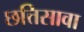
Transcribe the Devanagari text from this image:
छत्तिसावा